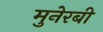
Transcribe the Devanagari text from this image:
मुनेरबी